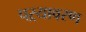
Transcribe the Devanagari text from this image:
पऱ्यावरण